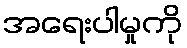
အရေးပါမှုကို